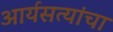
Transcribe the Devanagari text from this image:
आर्यसत्यांचा